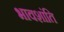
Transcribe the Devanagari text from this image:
भावशांति